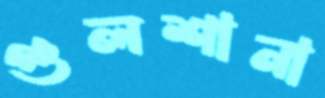
গুলশানা